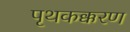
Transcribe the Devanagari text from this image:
पृथकक्करण